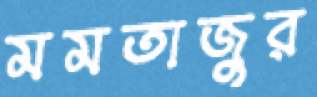
মমতাজুর